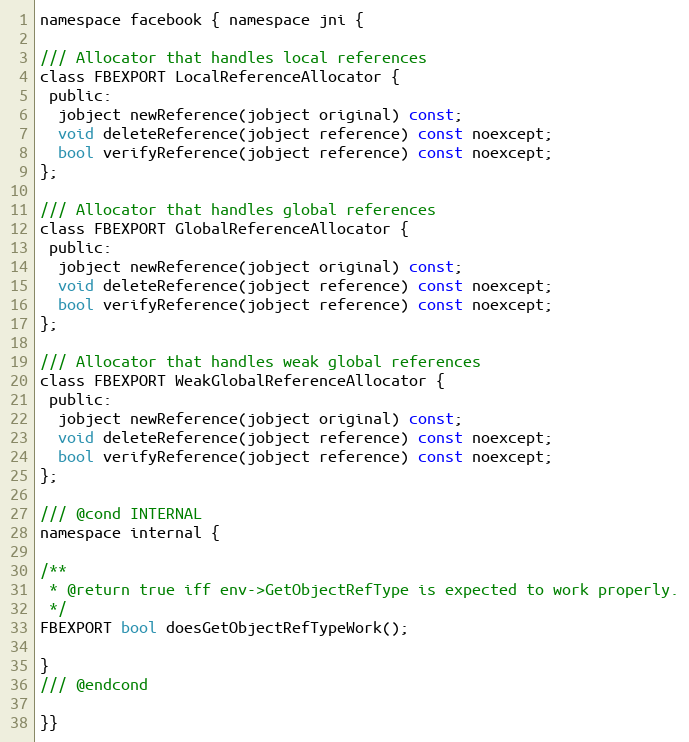
Language: C
namespace facebook { namespace jni {

/// Allocator that handles local references
class FBEXPORT LocalReferenceAllocator {
 public:
  jobject newReference(jobject original) const;
  void deleteReference(jobject reference) const noexcept;
  bool verifyReference(jobject reference) const noexcept;
};

/// Allocator that handles global references
class FBEXPORT GlobalReferenceAllocator {
 public:
  jobject newReference(jobject original) const;
  void deleteReference(jobject reference) const noexcept;
  bool verifyReference(jobject reference) const noexcept;
};

/// Allocator that handles weak global references
class FBEXPORT WeakGlobalReferenceAllocator {
 public:
  jobject newReference(jobject original) const;
  void deleteReference(jobject reference) const noexcept;
  bool verifyReference(jobject reference) const noexcept;
};

/// @cond INTERNAL
namespace internal {

/**
 * @return true iff env->GetObjectRefType is expected to work properly.
 */
FBEXPORT bool doesGetObjectRefTypeWork();

}
/// @endcond

}}